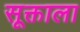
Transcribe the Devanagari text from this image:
सूक्ताला